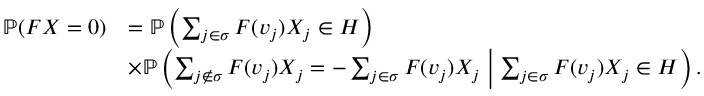
\begin{array} { r l } { \mathbb { P } ( F X = 0 ) } & { = \mathbb { P } \left( \sum _ { j \in \sigma } F ( v _ { j } ) X _ { j } \in H \right) } \\ & { \times \mathbb { P } \left( \sum _ { j \notin \sigma } F ( v _ { j } ) X _ { j } = - \sum _ { j \in \sigma } F ( v _ { j } ) X _ { j } \; \middle | \; \sum _ { j \in \sigma } F ( v _ { j } ) X _ { j } \in H \right) . } \end{array}